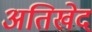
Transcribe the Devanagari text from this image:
अतिखेद